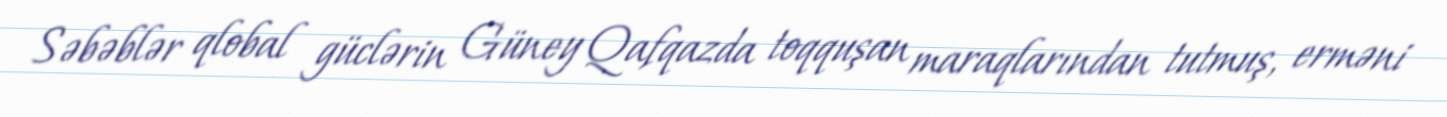
Səbəblər qlobal güclərin Güney Qafqazda toqquşan maraqlarından tutmuş, erməni